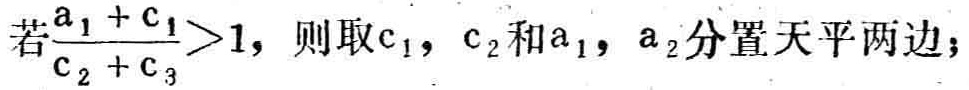
若$\frac{a_{1} + c_{1}}{c_{2} + c_{3}}>1$，则取$c_{1}$，$c_{2}$和$a_{1}$，$a_{2}$分置天平两边；